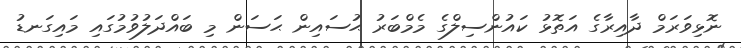
ނޮޅިވަރަމް ދާއިރާގެ އަތޮޅު ކައުންސިލްގެ މެމްބަރު ޙުސައިން ޙަސަން މި ބައްދަލުވުުމުގައި މައިގަނޑު